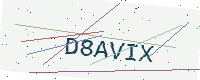
Text: D8AVIX